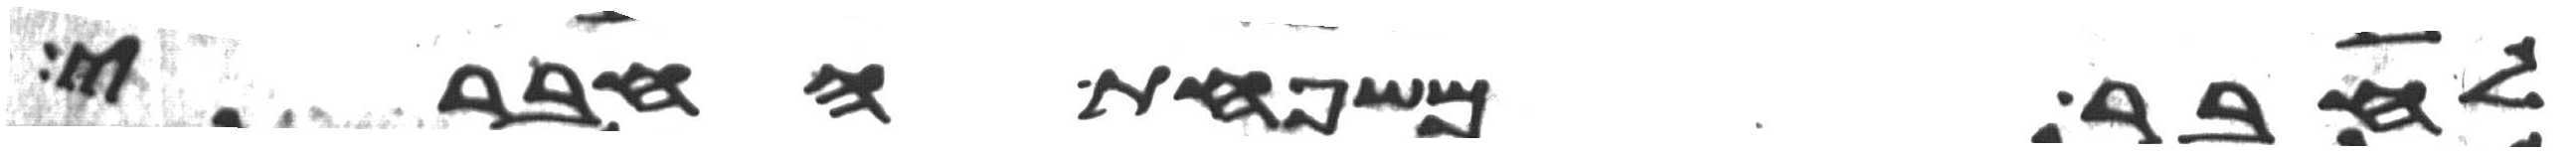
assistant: לחבר משפחת החברי